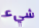
شيء